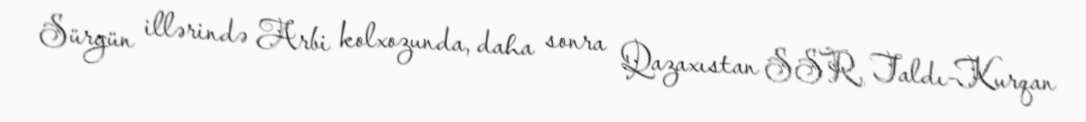
Sürgün illərində Arbi kolxozunda, daha sonra Qazaxıstan SSR, Taldı-Kurqan